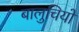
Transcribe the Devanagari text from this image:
बालुचियों